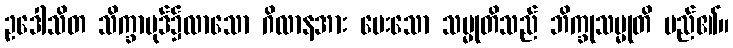
ဥဒေါသိတ သိက္ခာပုဒ်၌လာသော ဂိလာနအား ပေးသော သမ္မုတိသည် ဘိက္ခုသမ္မုတိ မည်၏။